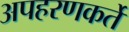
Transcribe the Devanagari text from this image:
अपहरणकर्ते